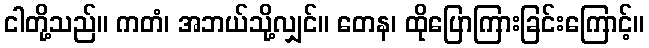
ငါတို့သည်။ ကတံ၊ အဘယ်သို့လျှင်။ တေန၊ ထိုပြောကြားခြင်းကြောင့်။